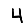
Digit: 4